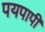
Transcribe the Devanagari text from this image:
पयपापी